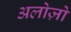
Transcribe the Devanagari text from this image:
अलोज़ो